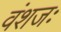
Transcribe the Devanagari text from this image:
वंशजः